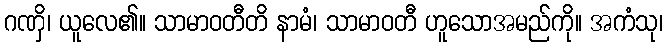
ဂဏှိ၊ ယူလေ၏။ သာမာဝတီတိ နာမံ၊ သာမာဝတီ ဟူသောအမည်ကို။ အကံသု၊